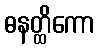
ဓနတ္ထိကော